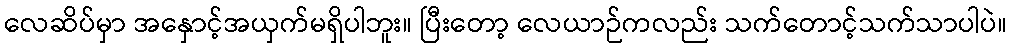
လေဆိပ်မှာ အနှောင့်အယှက်မရှိပါဘူး။ ပြီးတော့ လေယာဉ်ကလည်း သက်တောင့်သက်သာပါပဲ။